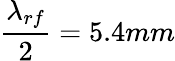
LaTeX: \frac{\lambda_{rf}}{2}=5.4mm